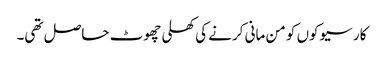
کارسیوکوں کو من مانی کرنے کی کھلی چھوٹ حاصل تھی۔